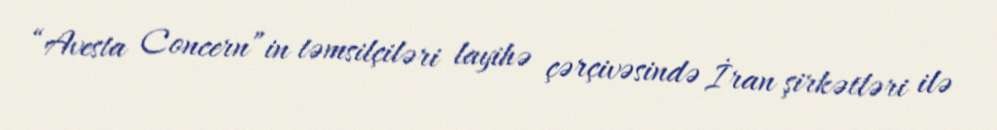
“Avesta Concern”in təmsilçiləri layihə çərçivəsində İran şirkətləri ilə